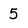
Character: 5